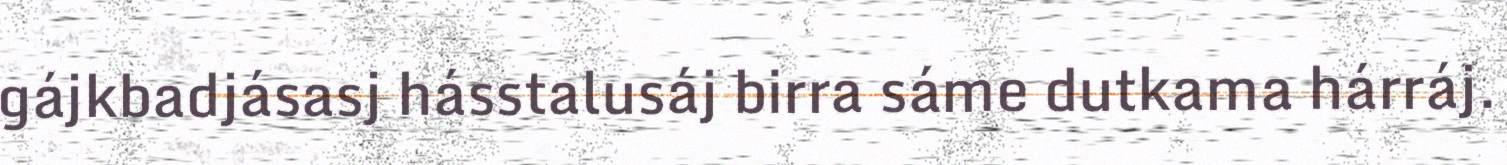
gájkbadjásasj hásstalusáj birra sáme dutkama hárráj.